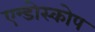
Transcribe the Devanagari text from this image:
एन्डोस्कोप